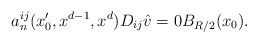
\begin{align*}a^{ij}_n (x_0', x^{d-1}, x^d) D_{ij} \hat{v}=0B_{R/2}(x_0).\end{align*}